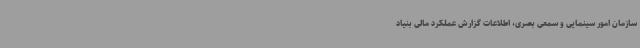
سازمان امور سینمایی و سمعی بصری، اطلاعات گزارش عملکرد مالی بنیاد